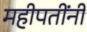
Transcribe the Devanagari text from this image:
महीपतींनी